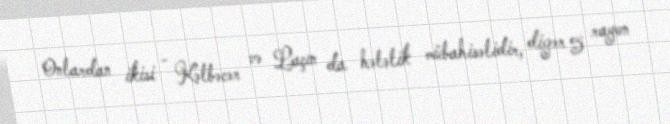
Onlardan ikisi - Kəlbəcər və Laçın da hələlik mübahisəlidir, digər 5 rayon